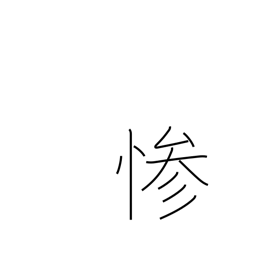
Meaning: cruelty